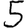
Digit: 5